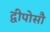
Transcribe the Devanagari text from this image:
द्वीपोसौ